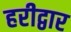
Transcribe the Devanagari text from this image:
हरीद्वार